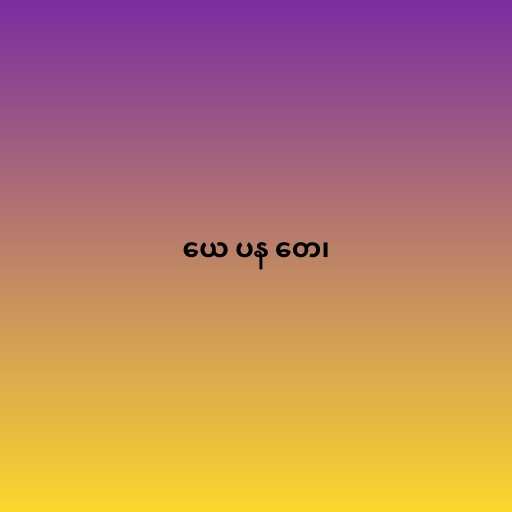
ယေ ပန တေ၊